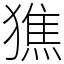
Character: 㺘